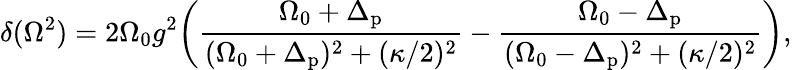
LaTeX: \delta(\Omega^{2})=2\Omega_{0}g^{2}\bigg(\frac{\Omega_{0}+\Delta_{\mathrm{p}}}{(\Omega_{0}+\Delta_{\mathrm{p}})^{2}+(\kappa/2)^{2}}-\frac{\Omega_{0}-\Delta_{\mathrm{p}}}{(\Omega_{0}-\Delta_{\mathrm{p}})^{2}+(\kappa/2)^{2}}\bigg),